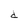
Character: d